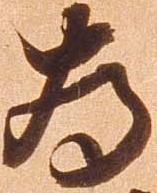
為